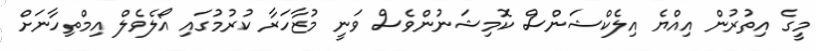
މީގެ އިތުރުން އިއްޔެ އިލެކްޝަންސް ކޮމިޝަނުންވެސް ވަނީ މުޒާހަރާ ކުރުމުގައި އޯލެވެލް އިމްތިހާނަށް